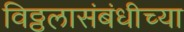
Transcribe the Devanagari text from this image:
विठ्ठलासंबंधीच्या